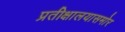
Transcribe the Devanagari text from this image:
प्रतीक्षालयासमोर